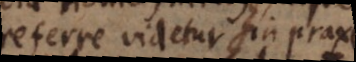
referre videtur in praxi